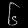
Digit: ၆